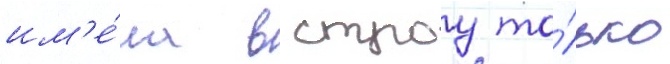
им'е́ла в строу то́лько